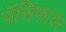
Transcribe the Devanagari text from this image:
पॅसिफायर